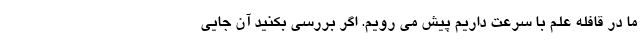
ما در قافله علم با سرعت داریم پیش می رویم. اگر بررسی بکنید آن جایی